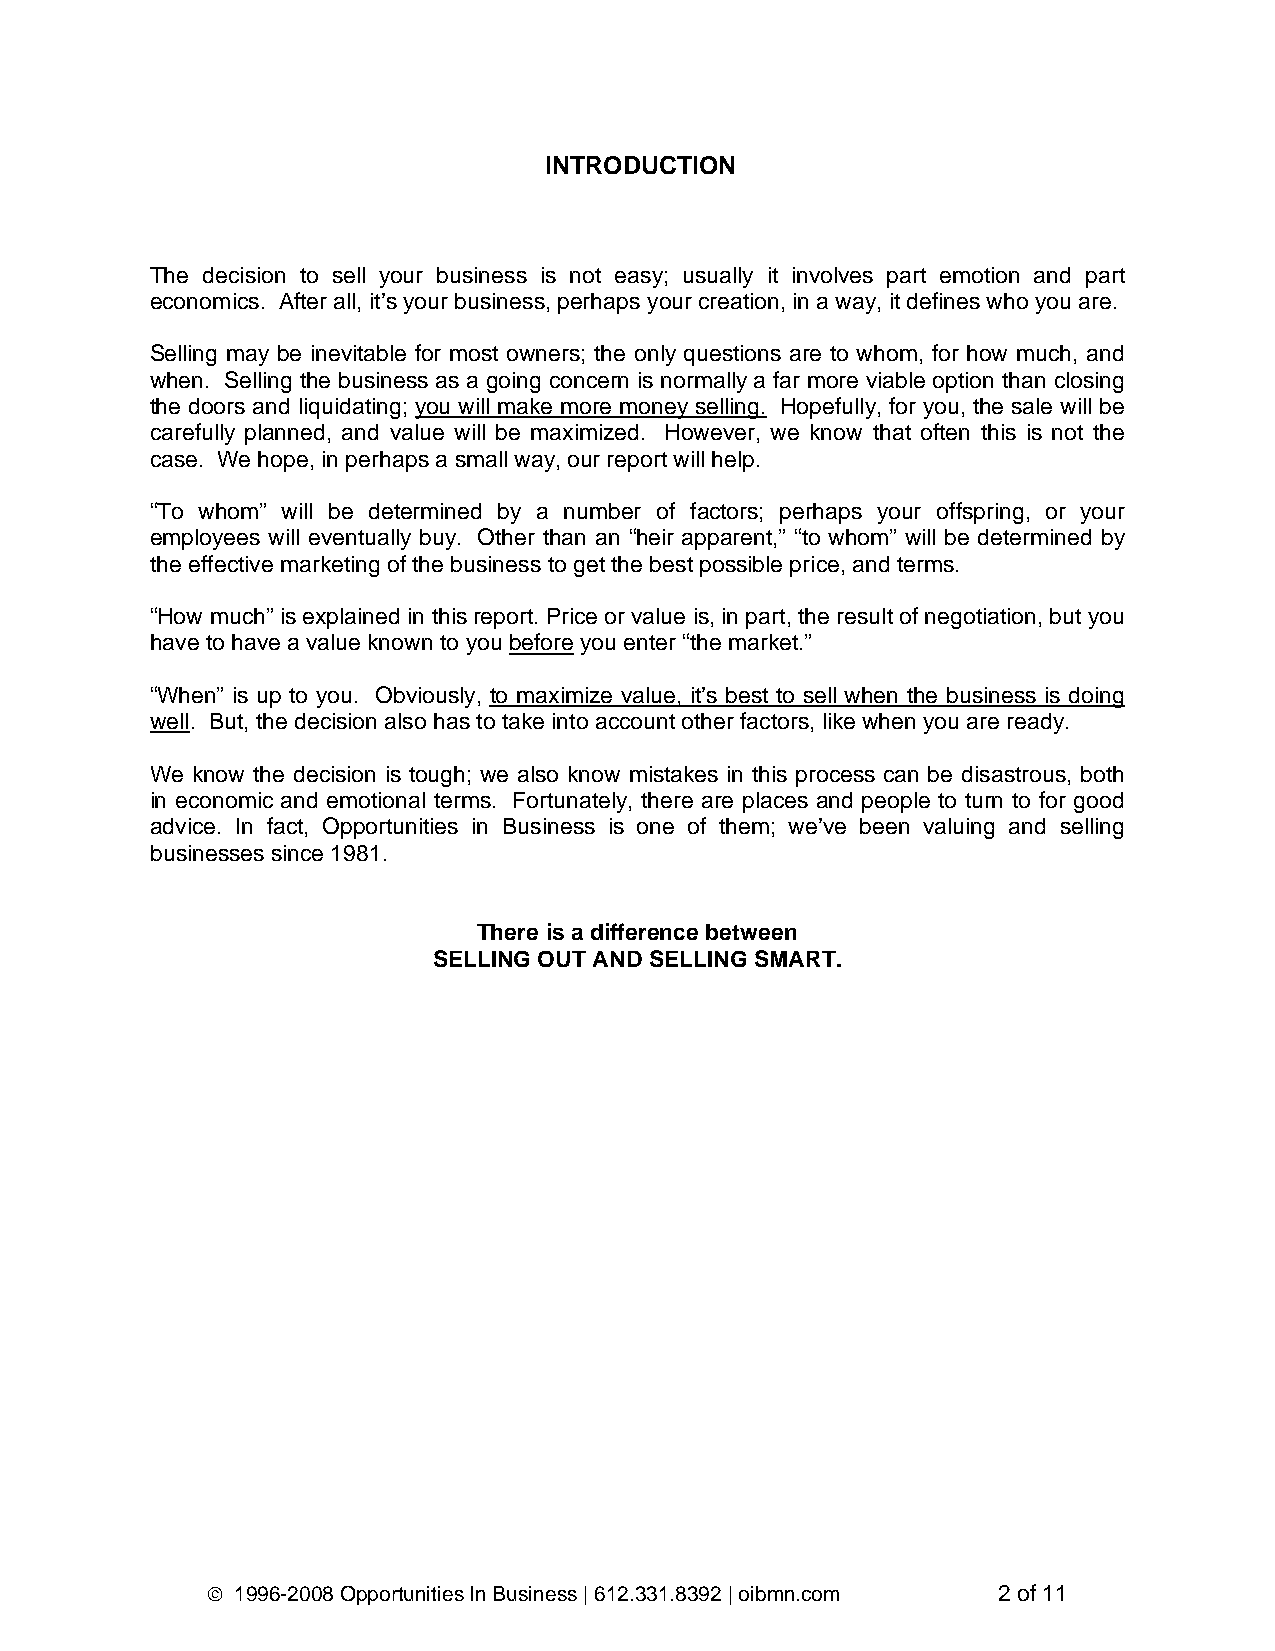
INTRODUCTION
 The decision to sell your business is not easy; usually it involves part emotion and part
 economics. After all, it’s your business, perhaps your creation, in a way, it defines who you are.
 Selling may be inevitable for most owners; the only questions are to whom, for how much, and
 when. Selling the business as a going concern is normally a far more viable option than closing
 the doors and liquidating; you will make more money selling. Hopefully, for you, the sale will be
 carefully planned, and value will be maximized. However, we know that often this is not the
 case. We hope, in perhaps a small way, our report will help.
 “To whom” will be determined by a number of factors; perhaps your offspring, or your
 employees will eventually buy. Other than an “heir apparent,” “to whom” will be determined by
 the effective marketing of the business to get the best possible price, and terms.
 “How much” is explained in this report. Price or value is, in part, the result of negotiation, but you
 have to have a value known to you before you enter “the market.”
 “When” is up to you. Obviously, to maximize value, it’s best to sell when the business is doing
 well. But, the decision also has to take into account other factors, like when you are ready.
 We know the decision is tough; we also know mistakes in this process can be disastrous, both
 in economic and emotional terms. Fortunately, there are places and people to turn to for good
 advice. In fact, Opportunities in Business is one of them; we’ve been valuing and selling
 businesses since 1981.
 There is a difference between
 SELLING OUT AND SELLING SMART.
 © 1996-2008 Opportunities In Business | 612.331.8392 | oibmn.com 2 of 11